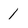
Character: 1